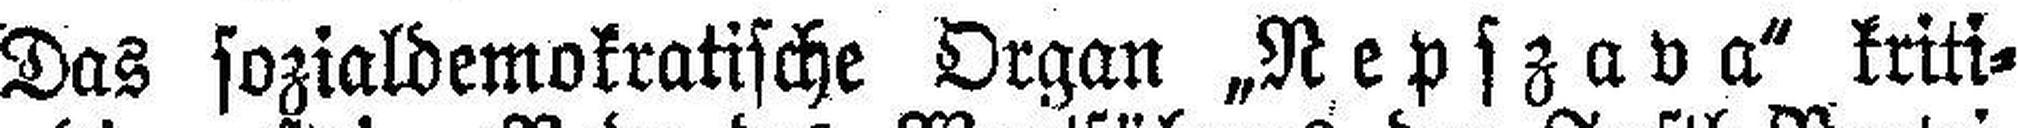
Das sozialdemokratische Organ „Nepszava“ kriti¬